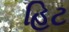
હિટ